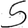
Digit: 5